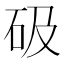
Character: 砐